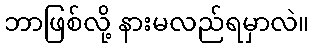
ဘာဖြစ်လို့ နားမလည်ရမှာလဲ။